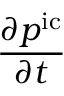
\frac { \partial p ^ { \mathrm { i c } } } { \partial t }